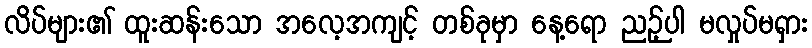
လိပ်များ၏ ထူးဆန်းသော အလေ့အကျင့် တစ်ခုမှာ နေ့ရော ညဉ့်ပါ မလှုပ်မရှား